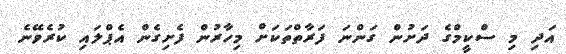
އަދި މި ސްކީމްގެ ދަށުން ގަންނަ ފަރާތްތަކަށް މިހާރުން ފެށިގެން އެޕްލައި ކުރެވޭނެ